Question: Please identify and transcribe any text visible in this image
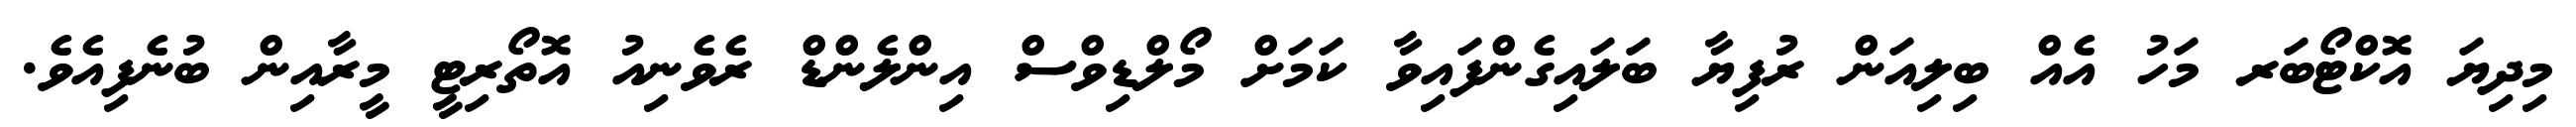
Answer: މިދިޔަ އޮކްޓޯބަރ މަހު އެއް ބިލިއަން ރުފިޔާ ބަލައިގެންފައިވާ ކަމަށް މޯލްޑިވްސް އިންލެންޑް ރެވެނިއު އޮތޯރިޓީ މީރާއިން ބުނެފިއެވެ.